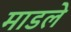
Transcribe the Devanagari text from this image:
माडले